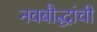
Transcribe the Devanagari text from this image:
नवबौद्धांची